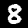
Digit: 8